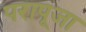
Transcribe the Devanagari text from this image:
परापूजा